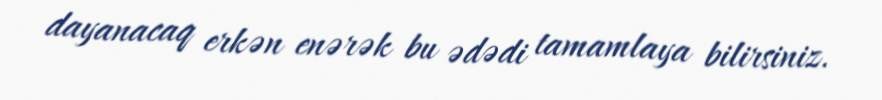
dayanacaq erkən enərək bu ədədi tamamlaya bilirsiniz.